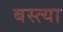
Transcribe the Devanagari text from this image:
बस्त्या